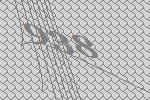
938